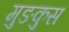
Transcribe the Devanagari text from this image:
मुङकुस